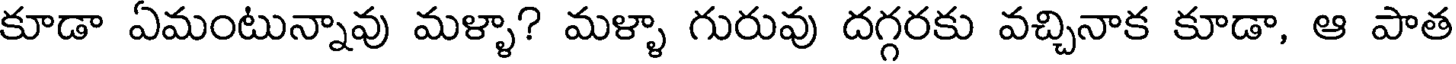
కూడా ఏమంటున్నావు మళ్ళా? మళ్ళా గురువు దగ్గరకు వచ్చినాక కూడా, ఆ పాత